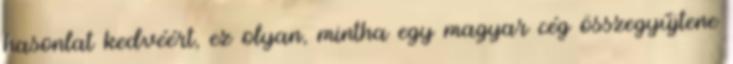
hasonlat kedvéért, ez olyan, mintha egy magyar cég összegyűjtene